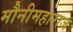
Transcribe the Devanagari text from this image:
मौनीमहाराज